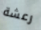
رعشة